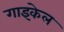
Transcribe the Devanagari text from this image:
गाइकेल